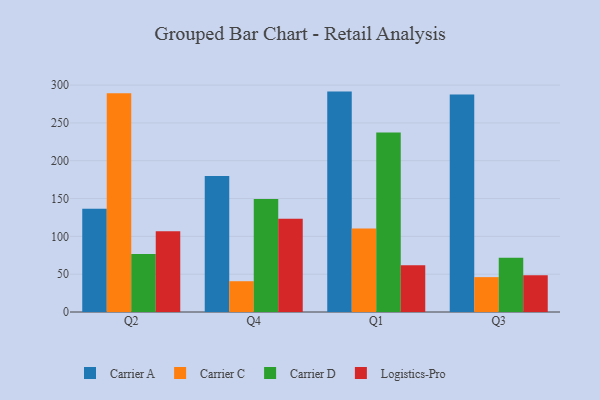
{"axis": {"x": "Quarter", "y": "Page Views"}, "legend": ["Carrier A", "Carrier C", "Carrier D", "Logistics-Pro"], "data": [{"x": "Q2", "y": 136.5, "type": "Carrier A"}, {"x": "Q2", "y": 289.1, "type": "Carrier C"}, {"x": "Q2", "y": 76.6, "type": "Carrier D"}, {"x": "Q2", "y": 106.7, "type": "Logistics-Pro"}, {"x": "Q4", "y": 179.8, "type": "Carrier A"}, {"x": "Q4", "y": 40.7, "type": "Carrier C"}, {"x": "Q4", "y": 149.3, "type": "Carrier D"}, {"x": "Q4", "y": 123.3, "type": "Logistics-Pro"}, {"x": "Q1", "y": 291.4, "type": "Carrier A"}, {"x": "Q1", "y": 110.3, "type": "Carrier C"}, {"x": "Q1", "y": 237.4, "type": "Carrier D"}, {"x": "Q1", "y": 61.9, "type": "Logistics-Pro"}, {"x": "Q3", "y": 287.5, "type": "Carrier A"}, {"x": "Q3", "y": 46.1, "type": "Carrier C"}, {"x": "Q3", "y": 71.7, "type": "Carrier D"}, {"x": "Q3", "y": 48.5, "type": "Logistics-Pro"}]}